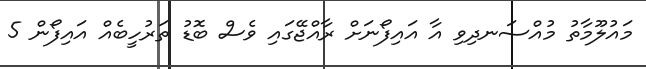
މައުލޫމާތު މުއްސަނދިވި އާ އައިފޯނަށް ރާއްޖޭގައި ވެސް ބޮޑު ތަރުހީބެއް އައިފޯން 5